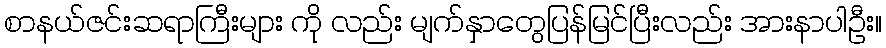
စာနယ်ဇင်းဆရာကြီးများ ကို လည်း မျက်နှာတွေပြန်မြင်ပြီးလည်း အားနာပါဦး။